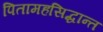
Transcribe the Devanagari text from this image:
पितामहसिद्धान्त